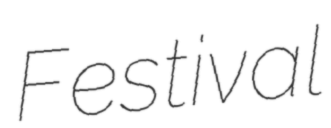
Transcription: Festival